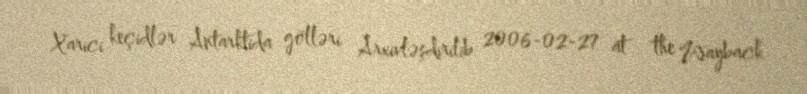
Xarici keçidlər Antarktida gölləri Arxivləşdirilib 2006-02-27 at the Wayback